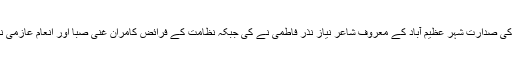
دیر رات تک چلے اس مشاعرہ کی صدارت شہر عظیم آباد کے معروف شاعر نیاز نذر فاطمی نے کی جبکہ نظامت کے فرائض کامران غنی صبا اور انعام عازمی نے مشترکہ طور پر انجام دئیے۔